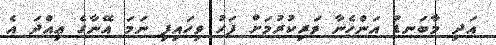
އަދި މާބަނޑު އަންހެނާ ވަރިކުރުމަށް ފަހު ވިހައިފި ނަމަ އޭނާގެ ޢިއްދަ އެ